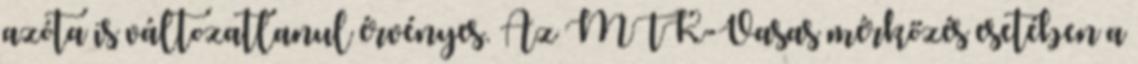
azóta is változatlanul érvényes. Az MTK-Vasas mérkőzés esetében a